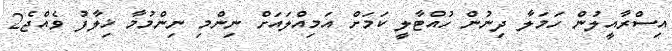
އިސްރާއީލުން ހަމަލާ ދިނުން ހުއްޓާލީ ކަމަށް އަމިއްލައަށް ނިންމި ނިންމުމާ ޚިލާފު ވެއްޖެ2